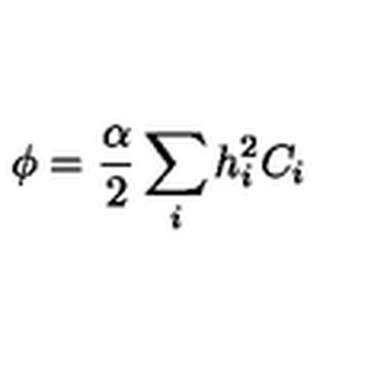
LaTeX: \phi = \frac { \alpha } { 2 } \sum _ { i } h _ { i } ^ { 2 } C _ { i }